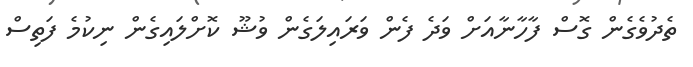
ތެދުވެގެން ގޮސް ފާހާނާއަށް ވަދެ ފެން ވަރައިލަގެން ވުޝޫ ކޮށްލައިގެން ނިކުމެ ފަތިސް